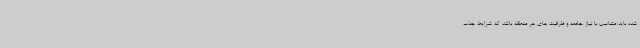
شده باید متناسب با نیاز جامعه و ظرفیت های هر منطقه باشد که شرایط جذب